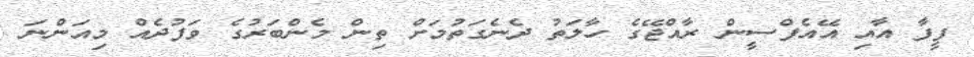
ފީފާ އާއި އޭއެފްސީން ރާއްޖޭގެ ހާލަތު ދެނެގަތުމަށް ތިން މެންބަރުގެ ވަފުދެއް މިއަންނަ